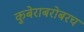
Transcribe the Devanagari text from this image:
कुबेराबरोबरच